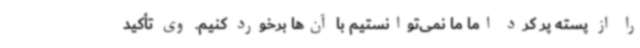
را از پسته پر کرد اما ما نمی‌توانستیم با آن‌ها برخورد کنیم. وی تأکید